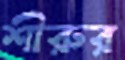
শীরুর